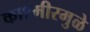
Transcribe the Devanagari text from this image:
काश्मीरमुळे